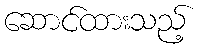
ဆောင်ထားသည့်